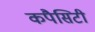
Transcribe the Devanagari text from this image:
कपैसिटी